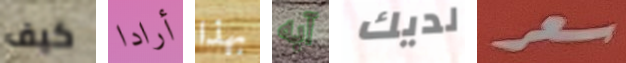
كيف أرادا بهذا آبه لديك سعر